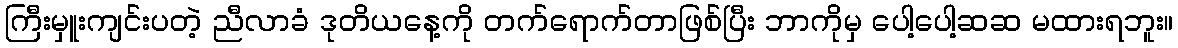
ကြီးမှူးကျင်းပတဲ့ ညီလာခံ ဒုတိယနေ့ကို တက်ရောက်တာဖြစ်ပြီး ဘာကိုမှ ပေါ့ပေါ့ဆဆ မထားရဘူး။